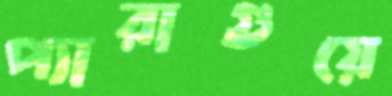
প্যারাগুয়ে